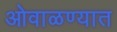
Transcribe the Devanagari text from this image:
ओवाळण्यात